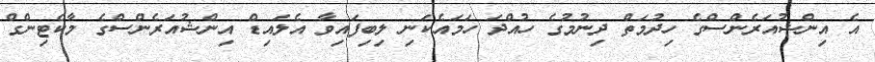
އެ އިންޝުއަރެންސްގެ ހިދުމަތް ދިނުމުގެ ހުއްދަ ހަމައެކަނި ލިބިފައިވާ އެލައިޑް އިންޝުއަރެންސްގެ މާކެޓިންގް